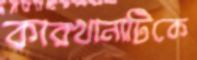
কারখানাটিকে